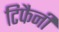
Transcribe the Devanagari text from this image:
टिफैनी